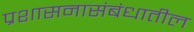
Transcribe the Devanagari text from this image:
प्रशासनासंबंधातील